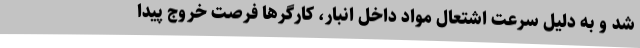
شد و به دلیل سرعت اشتعال مواد داخل انبار، کارگرها فرصت خروج پیدا